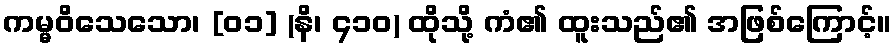
ကမ္မဝိသေသော၊ [၀၁] (နိ၊ ၄၁၀) ထိုသို့ ကံ၏ ထူးသည်၏ အဖြစ်ကြောင့်။